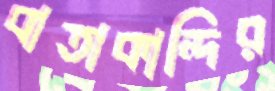
বাতাকান্দির